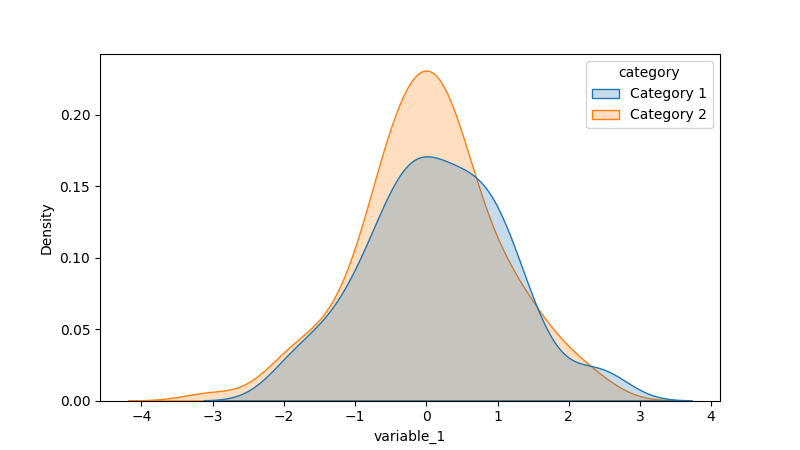
python, seaborn, kdeplot, hue='category', fill=True, bw_adjust=1.0